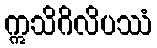
ဣသိဂိလိပဿံ